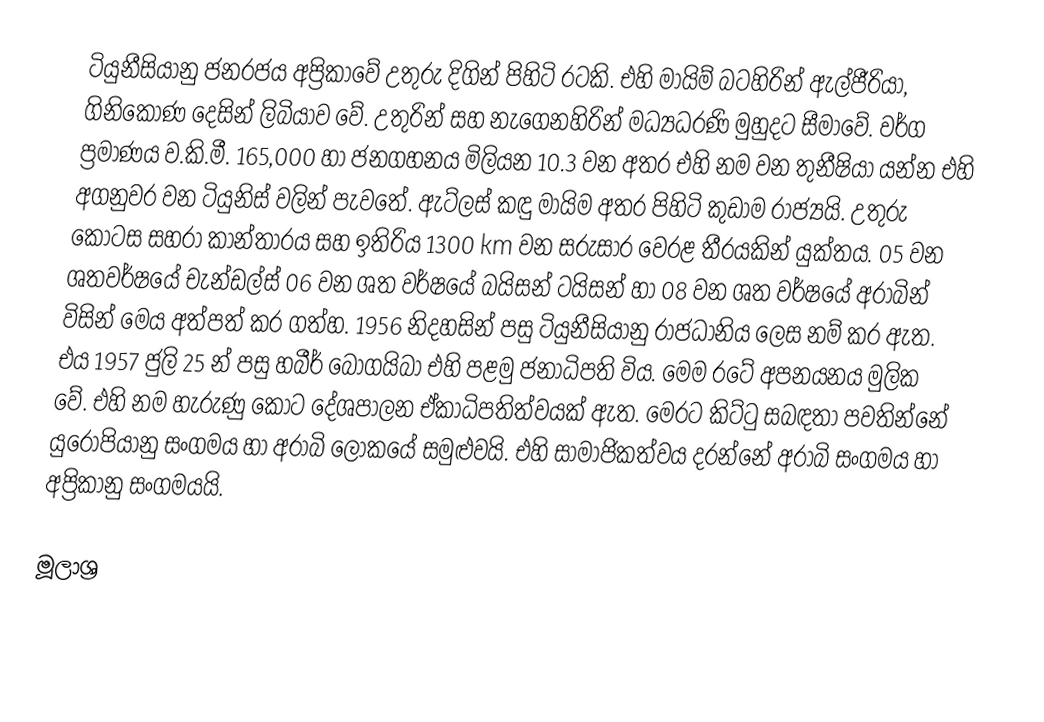
ටියුනීසියානු ජනරජය අප්‍රිකාවේ උතුරු දිගින් පිහිටි රටකි. එහි මායිම් බටහිරින් ඇල්ජීරියා, ගිනිකොණ දෙසින් ලිබියාව වේ. උතුරින් සහ නැගෙනහිරින් මධ්‍යධරණි මුහුදට සීමාවේ. වර්ග ප්‍රමාණය ව.කි.මී. 165,000 හා ජනගහනය මිලියන 10.3 වන අතර එහි නම වන තුනීෂියා යන්න එහි අගනුවර වන ටියුනිස් වලින් පැවතේ. ඇට්ලස් කඳු මායිම අතර පිහිටි කුඩාම රාජ්‍යයි. උතුරු කොටස සහරා කාන්තාරය සහ ඉතිරිය 1300  km වන සරුසාර වෙරළ තීරයකින් යුක්තය. 05 වන ශතවර්ෂ‍යේ  චැන්ඩල්ස් 06 වන ශත වර්ෂයේ බයිසන් ටයිසන් හා 08 වන ශත වර්ෂයේ  අරාබින් විසින් මෙය අත්පත් කර ගත්හ. 1956 නිදහසින් පසු ටියුනීසියානු රාජධානිය ලෙස නම් කර ඇත. එය 1957 ජුලි 25 න් පසු හබීර් බෝගයිබා එහි පළමු ජනාධිපති විය. ‍මෙම රටේ අපනයනය මුලික වේ. එහි නම හැරුණු කොට දේශපාලන ඒකාධිපතිත්වයක් ඇත. මෙරට කිට්ටු සබඳතා පවතින්නේ යුරෝපියානු සංගමය හා අරාබි ලෝකයේ  සමුළුවයි. එහි සාමාජිකත්වය දරන්නේ අරාබි සංගමය හා අප්‍රිකානු සංගමයයි.

මූලාශ්‍ර